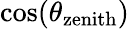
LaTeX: \cos(\theta_{\mathrm{zenith}})